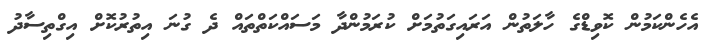
އެހެންކަމުން ކޮވިޑްގެ ހާލަތުން އަރައިގަތުމަށް ކުރަމުންދާ މަސައްކަތްތައް ދެ ގުނަ އިތުރުކޮށް އިގްތިސާދު